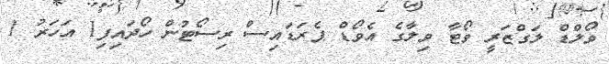
ވޯލްޑް ލަގްޒަރީ ވޯޓާ ވިލާގެ އެވޯޑް ޕެރަޑައިސް ރިސޯޓުން ހޯދައިފި1 އަހަރު 1